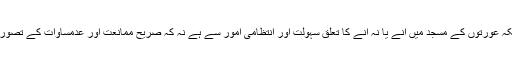
حالانکہ عورتوں کے مسجد میں آنے یا نہ آنے کا تعلق سہولت اور انتظامی امور سے ہے نہ کہ صریح ممانعت اور عدمساوات کے تصور سے۔